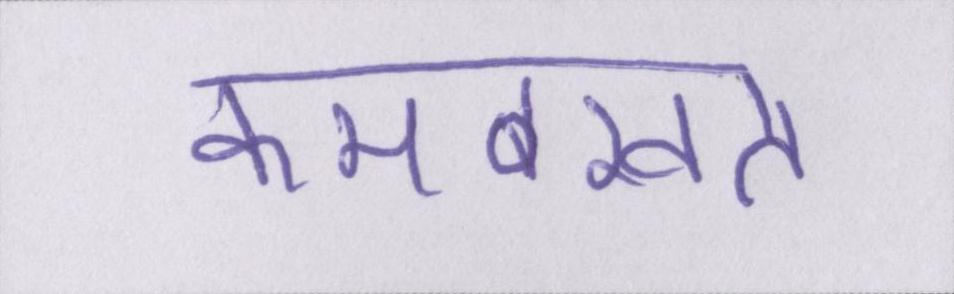
कमबख्त